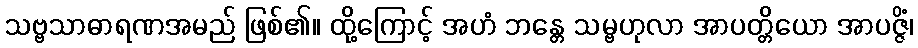
သဗ္ဗသာဓာရဏအမည် ဖြစ်၏။ ထို့ကြောင့် အဟံ ဘန္တေ သမ္ဗဟုလာ အာပတ္တိယော အာပဇ္ဇိံ၊